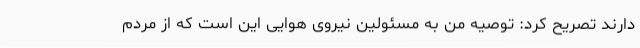
دارند تصریح کرد: توصیه من به مسئولین نیروی هوایی این است که از مردم